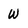
Character: W